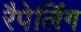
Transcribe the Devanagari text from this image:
रैपेलिंग